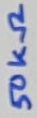
Text: 50KΩ